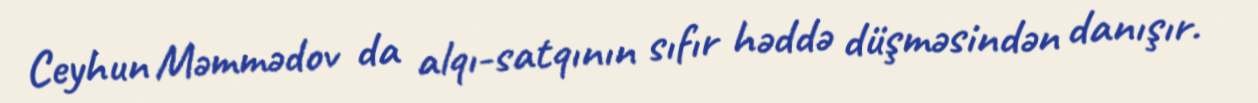
Ceyhun Məmmədov da alqı-satqının sıfır həddə düşməsindən danışır.